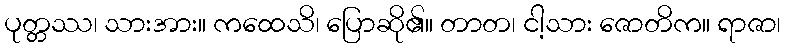
ပုတ္တဿ၊ သားအား။ ကထေသိ၊ ပြောဆို၏။ တာတ၊ ငါ့သား ဇောတိက။ ရာဇာ၊